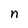
Character: n